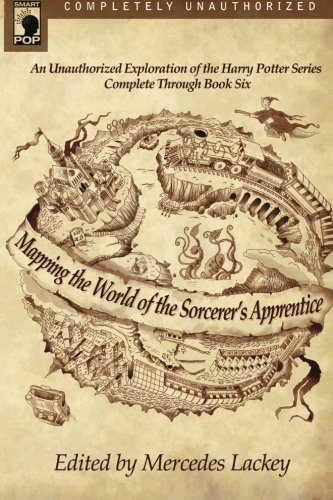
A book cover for Mapping the World of the Sorcerer's Apprentice: An Unauthorized Exploration of the Harry Potter Series; Science Fiction & Fantasy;